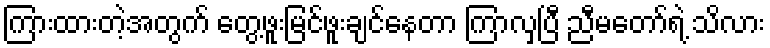
ကြားထားတဲ့အတွက် တွေ့ဖူးမြင်ဖူးချင်နေတာ ကြာလှပြီ ညီမတော်ရဲ့ သိလား